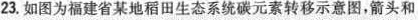
23.如图为福建省某地稻田生态系统碳元素转移示意图，箭头和